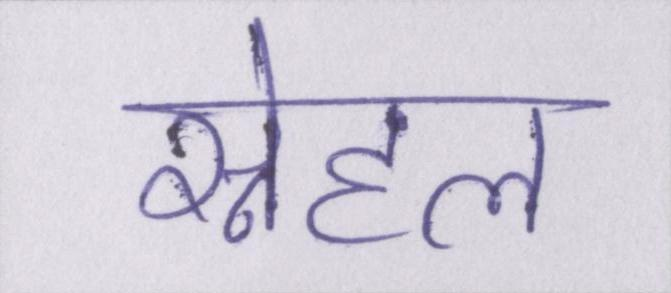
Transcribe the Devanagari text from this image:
स्नेहल